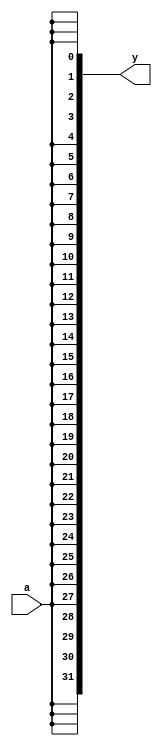

//one bit sign extend
module SignExt1 #(parameter WIDTH=32) (a,y);
	input a;
	output [WIDTH-1:0] y;
	
	assign y = {0+WIDTH{a}};
endmodule


//16 bits
module SignExt16 #(parameter WIDTH=32) (ExtOp,a,y);
	input ExtOp;
	input[15:0] a;
	output [WIDTH-1:0] y;
	
	assign y = (ExtOp==0) ? {16'b0, a} : {{WIDTH-16{a[15]}},a };
endmodule